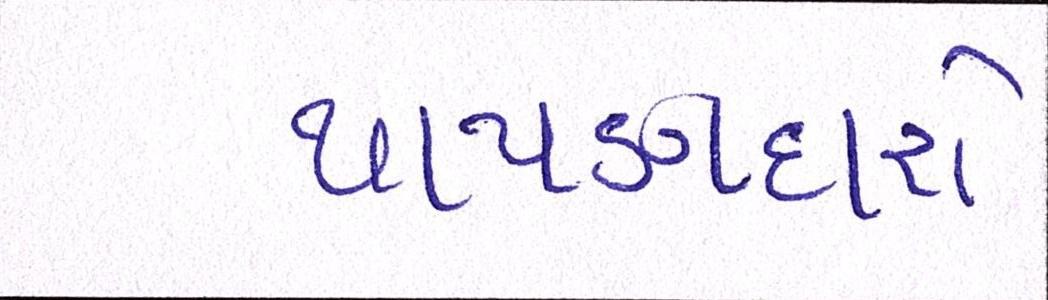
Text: થાપણદારો